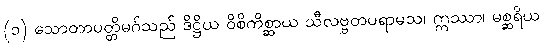
(၁) သောတာပတ္တိမဂ်သည် ဒိဋ္ဌိယ ဝိစိကိစ္ဆာယ သီလဗ္ဗတပရာမသ၊ ဣဿာ၊ မစ္ဆရိယ